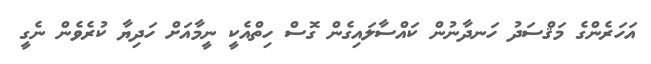
އަހަރެންގެ މަޤްސަދު ހަނދާނުން ކައްސާލައިގެން ގޮސް ހިތްއެކީ ނީމާއަށް ހަދިޔާ ކުރެވެން ނެގީ